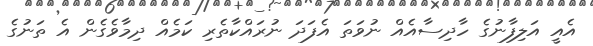
އެއީ އަލިފާނުގެ ހާދިސާއެއް ނުވަތަ އެފަދަ ނުރައްކާތެރި ކަމެއް ދިމާވެގެން އެ ތަނުގެ